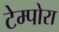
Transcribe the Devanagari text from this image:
टेम्पोरा